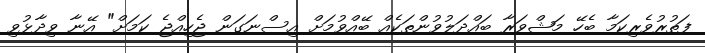
ފަތުރުވެރިކަމާ ބެހޭ މަޝްވަރާ ބައްދަލުވުންތަކެއް ބޭއްވުމަށް އިސްނަގަން ޖެހިއްޖެ ކަމަށް" އޭނާ ވިދާޅުވި